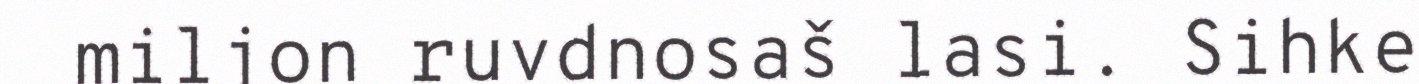
miljon ruvdnosaš lasi. Sihke